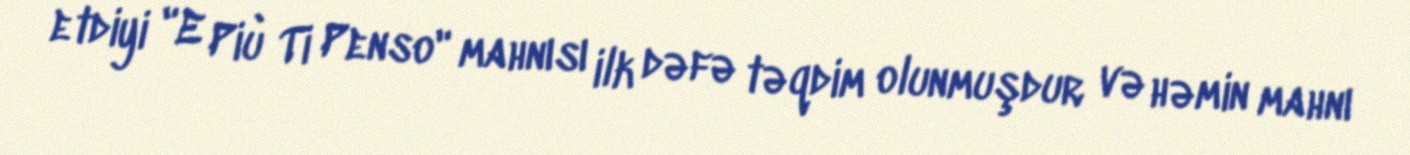
etdiyi "E Più Ti Penso" mahnısı ilk dəfə təqdim olunmuşdur və həmin mahnı